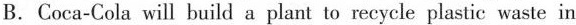
B.Coca-Cola will build a plant to recycle plastic waste in